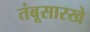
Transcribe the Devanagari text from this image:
तंबूसारखे